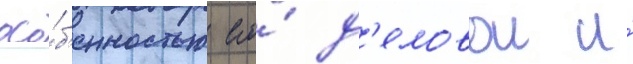
осо́б'енностью его́ д'еловои и́